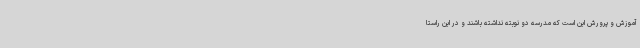
آموزش‌ و پرورش این است که مدرسه دو نوبته نداشته باشند و در این راستا